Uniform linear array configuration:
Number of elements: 64
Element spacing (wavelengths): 0.75
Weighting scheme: exponential
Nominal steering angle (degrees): -15
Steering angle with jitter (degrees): -16.018
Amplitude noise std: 0.05
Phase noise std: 0.05

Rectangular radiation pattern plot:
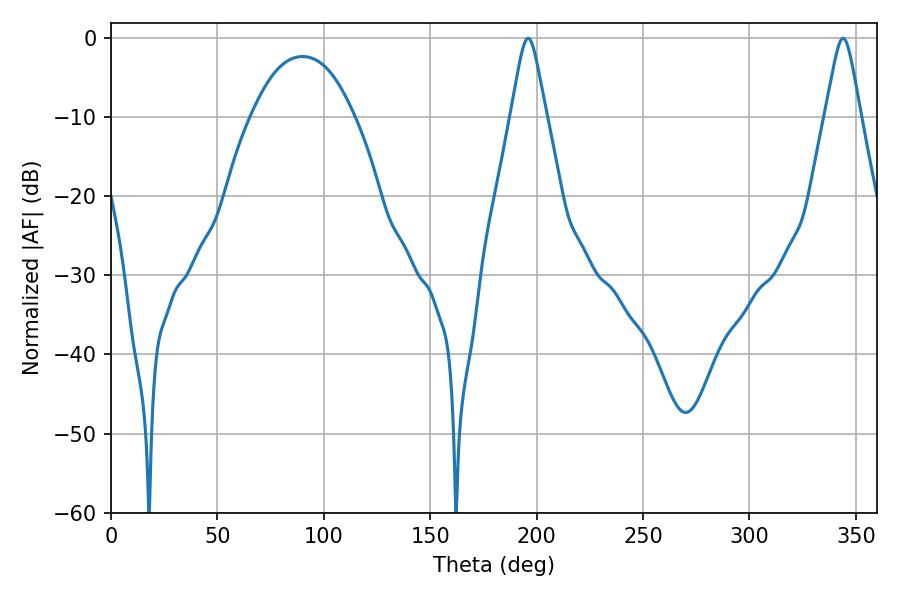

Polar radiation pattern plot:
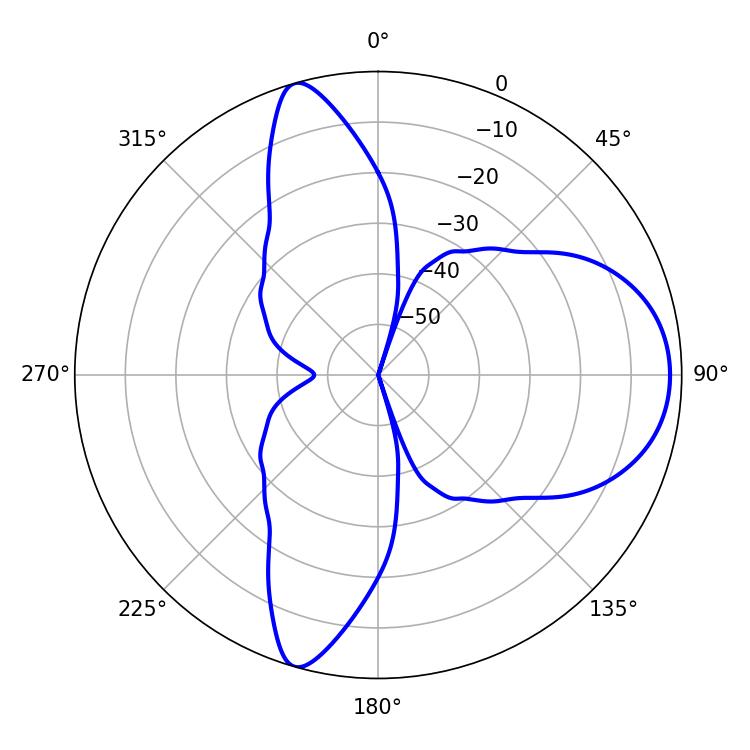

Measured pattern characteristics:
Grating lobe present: TRUE
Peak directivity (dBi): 9.17
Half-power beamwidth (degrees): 7.92
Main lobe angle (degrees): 196.02